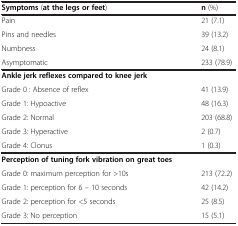
<table><thead><tr><td><b>Symptoms (at the legs or feet)</b></td><td><b>n (%)</b></td></tr></thead><tbody><tr><td>Pain</td><td>21 (7.1)</td></tr><tr><td>Pins and needles</td><td>39 (13.2)</td></tr><tr><td>Numbness</td><td>24 (8.1)</td></tr><tr><td>Asymptomatic</td><td>233 (78.9)</td></tr><tr><td colspan="2"><b>Ankle jerk reflexes compared to knee jerk</b></td></tr><tr><td>Grade 0 : Absence of reflex</td><td>41 (13.9)</td></tr><tr><td>Grade 1: Hypoactive</td><td>48 (16.3)</td></tr><tr><td>Grade 2: Normal</td><td>203 (68.8)</td></tr><tr><td>Grade 3: Hyperactive</td><td>2 (0.7)</td></tr><tr><td>Grade 4: Clonus</td><td>1 (0.3)</td></tr><tr><td colspan="2"><b>Perception of tuning fork vibration on great toes</b></td></tr><tr><td>Grade 0: maximum perception for &gt;10s</td><td>213 (72.2)</td></tr><tr><td>Grade 1: perception for 6 – 10 seconds</td><td>42 (14.2)</td></tr><tr><td>Grade 2: perception for &lt;5 seconds</td><td>25 (8.5)</td></tr><tr><td>Grade 3: No perception</td><td>15 (5.1)</td></tr></tbody></table>